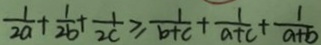
\frac { 1 } { 2 a } + \frac { 1 } { 2 b } + \frac { 1 } { 2 c } \geq \frac { 1 } { b + c } + \frac { 1 } { a + c } + \frac { 1 } { a + b }